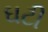
ઘટી